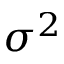
\sigma ^ { 2 }